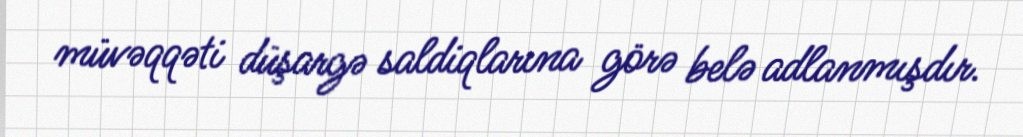
müvəqqəti düşargə saldiqlarına görə belə adlanmışdır.